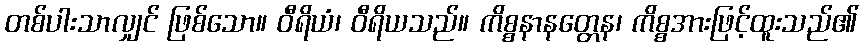
တစ်ပါးသာလျှင် ဖြစ်သော။ ဝီရိယံ၊ ဝီရိယသည်။ ကိစ္စနာနတ္တေန၊ ကိစ္စအားဖြင့်ထူးသည်၏